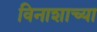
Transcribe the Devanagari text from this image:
विनाशाच्या